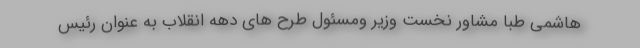
هاشمی طبا مشاور نخست وزیر ومسئول طرح های دهه انقلاب به عنوان رئیس